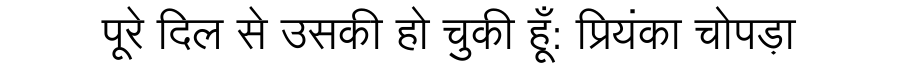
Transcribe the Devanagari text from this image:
पूरे दिल से उसकी हो चुकी हूँ: प्रियंका चोपड़ा